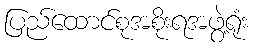
ပြည်ထောင်စုအစိုးရအဖွဲ့ရုံး